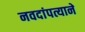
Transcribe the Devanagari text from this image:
नवदांपत्याने